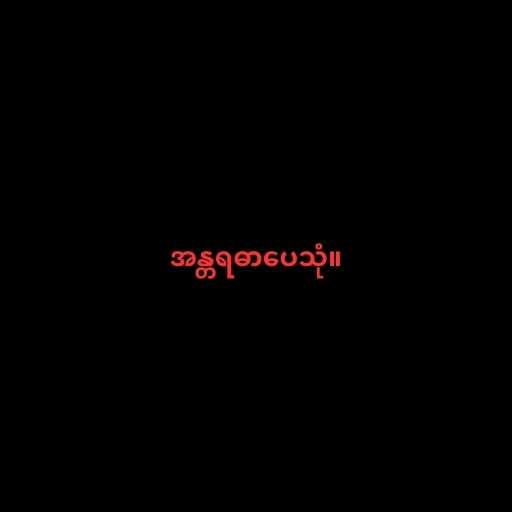
အန္တရဓာပေသုံ။